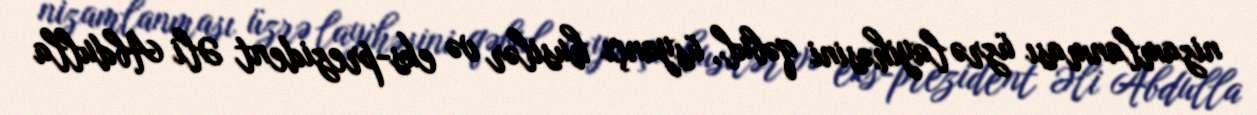
nizamlanması üzrə layihəsini qəbul, üsyançı husilər və eks-prezident Əli Abdulla